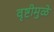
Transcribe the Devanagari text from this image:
वृष्टीमुळे